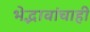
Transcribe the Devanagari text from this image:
भेद्भावांचाही